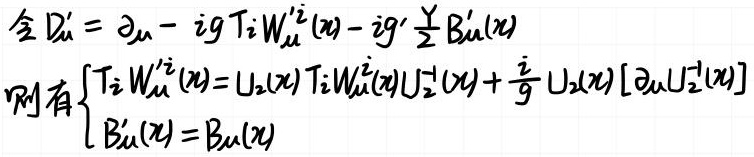
\[
\begin{align*}
&\text{令 } D_{\mu}' = \partial_{\mu} - igT_{i}W_{\mu}'^{i}(x) - ig'\frac{Y}{2}B_{\mu}'(x)\\
&\text{则有 }
\begin{cases}
T_{i}W_{\mu}'^{i}(x) = U_{2}(x)T_{i}W_{\mu}^{i}(x)U_{2}^{-1}(x) + \frac{i}{g}U_{2}(x)[\partial_{\mu}U_{2}^{-1}(x)]\\
B_{\mu}'(x) = B_{\mu}(x)
\end{cases}
\end{align*}
\]